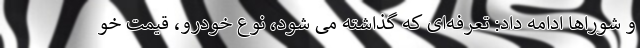
و شوراها ادامه داد: تعرفه‌ای که گذاشته می شود، نوع خودرو، قیمت خو